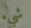
شيء